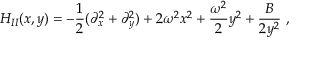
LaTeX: H _ { I I } ( x , y ) = - \frac { 1 } { 2 } ( \partial _ { x } ^ { 2 } + \partial _ { y } ^ { 2 } ) + 2 \omega ^ { 2 } x ^ { 2 } + \frac { \omega ^ { 2 } } { 2 } y ^ { 2 } + \frac { B } { 2 y ^ { 2 } } \ ,